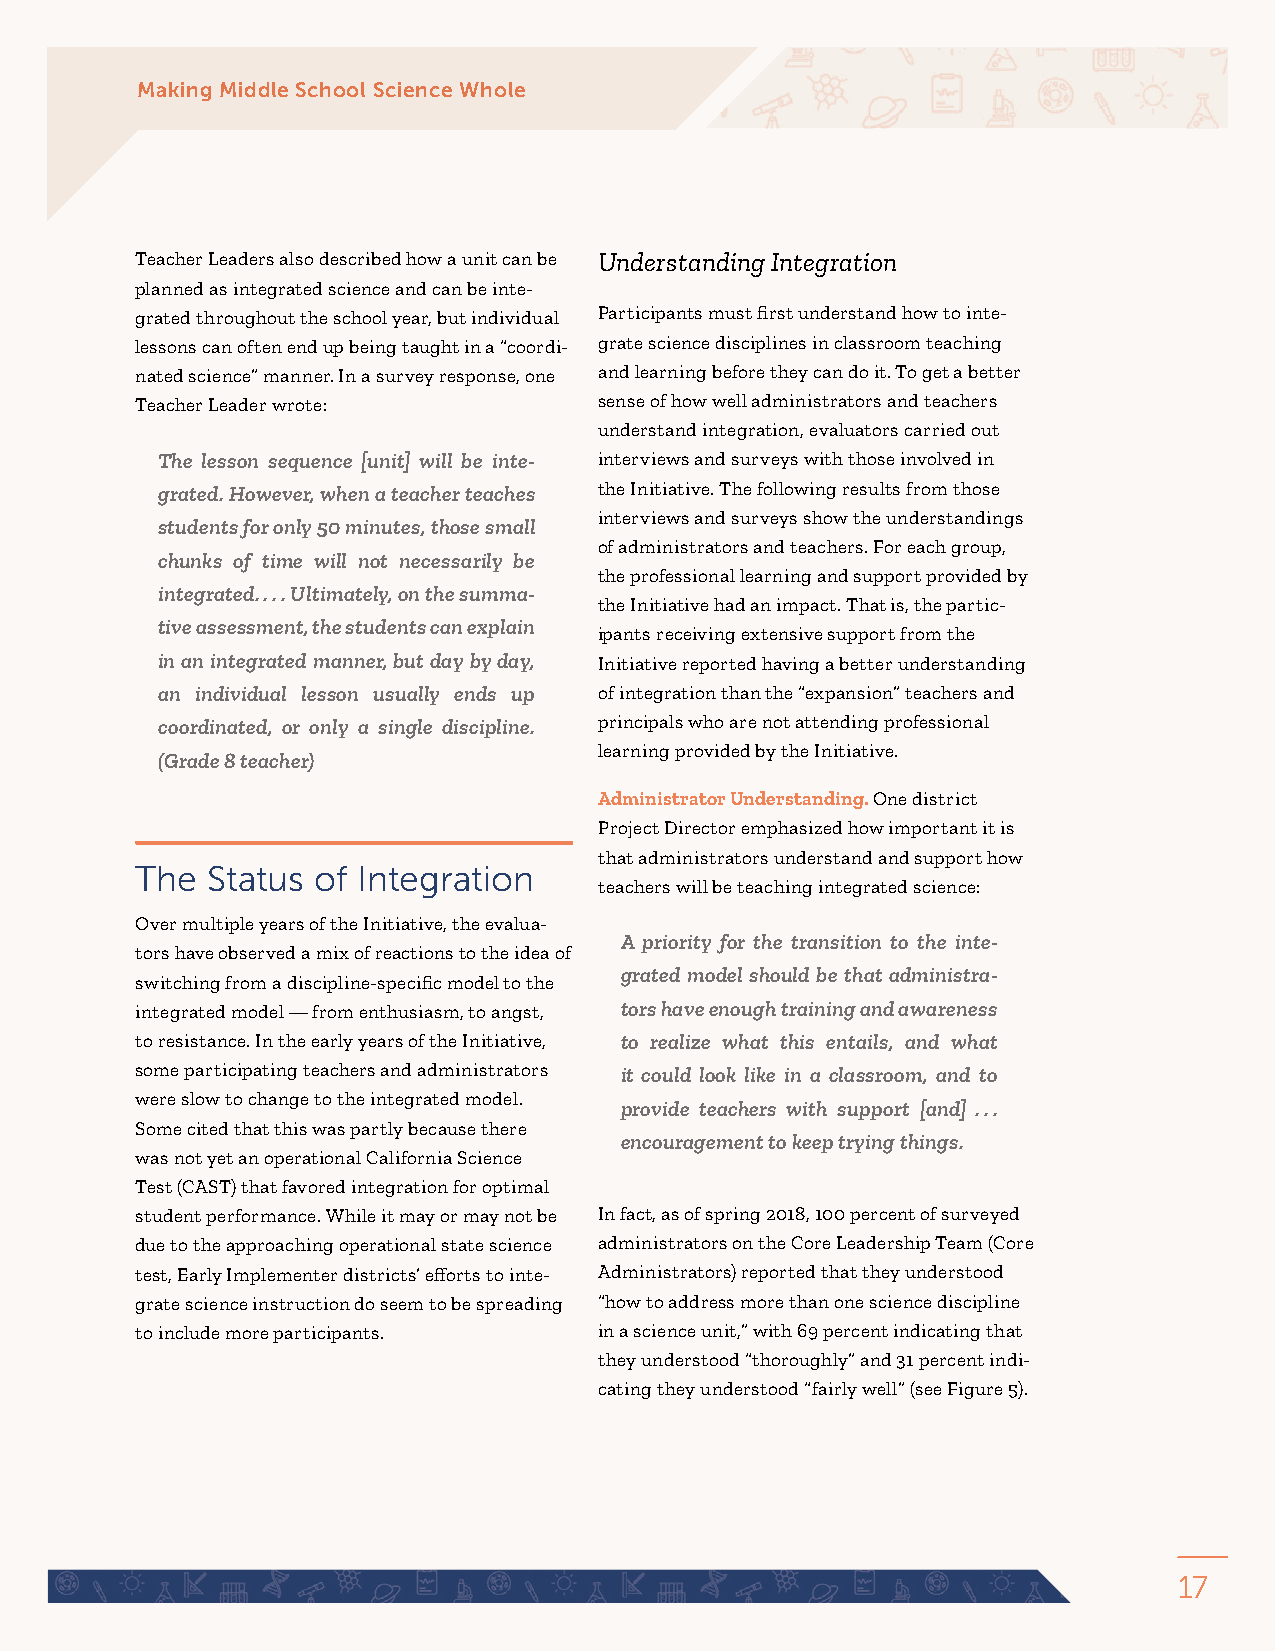
Making Middle School Science Whole
 Teacher Leaders also described how a unit can be Understanding Integration
 planned as integrated science and can be inte-
 grated throughout the school year, but individual Participants must first understand how to inte-
 lessons can often end up being taught in a “coordi- grate science disciplines in classroom teaching
 nated science” manner. In a survey response, one and learning before they can do it. To get a better
 Teacher Leader wrote:          sense of how well administrators and teachers
 understand integration, evaluators carried out
 The lesson sequence [unit] will be inte- interviews and surveys with those involved in
 grated. However, when a teacher teaches the Initiative. The following results from those
 interviews and surveys show the understandings
 students for only 50 minutes, those small
 of administrators and teachers. For each group,
 chunks of time will not necessarily be
 the professional learning and support provided by
 integrated. . . . Ultimately, on the summa-
 the Initiative had an impact. That is, the partic-
 tive assessment, the students can explain
 ipants receiving extensive support from the
 in an integrated manner, but day by day, Initiative reported having a better understanding
 an individual lesson usually ends up of integration than the “expansion” teachers and
 coordinated, or only a single discipline. principals who are not attending professional
 learning provided by the Initiative.
 (Grade 8 teacher)
 Administrator Understanding. One district
 Project Director emphasized how important it is
 that administrators understand and support how
 The  Status of Integration
 teachers will be teaching integrated science:
 Over multiple years of the Initiative, the evalua-
 A priority for the transition to the inte-
 tors have observed a mix of reactions to the idea of
 grated model should be that administra-
 switching from a discipline-specific model to the
 integrated model — from enthusiasm, to angst, tors have enough training and awareness
 to resistance. In the early years of the Initiative, to realize what this entails, and what
 some participating teachers and administrators it could look like in a classroom, and to
 were slow to change to the integrated model.
 provide teachers with support [and] . . .
 Some cited that this was partly because there
 encouragement to keep trying things.
 was not yet an operational California Science
 Test (CAST) that favored integration for optimal
 student performance. While it may or may not be In fact, as of spring 2018, 100 percent of surveyed
 due to the approaching operational state science administrators on the Core Leadership Team (Core
 test, Early Implementer districts’ efforts to inte- Administrators) reported that they understood
 grate science instruction do seem to be spreading “how to address more than one science discipline
 to include more participants.  in a science unit,” with 69 percent indicating that
 they understood “thoroughly” and 31 percent indi-
 cating they understood “fairly well” (see Figure 5).
 17